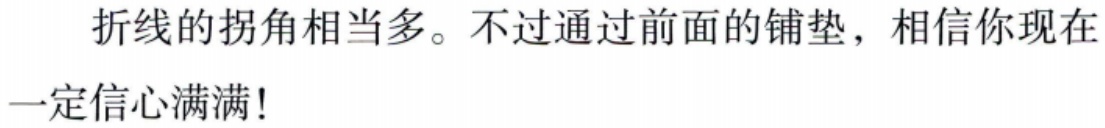
折线的拐角相当多。不过通过前面的铺垫，相信你现在一定信心满满！